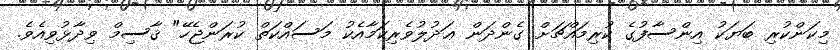
މިކަންކުރި ބަޔަކު އިންސާފުގެ ކުރިމައްޗަށް ގެންދަން ޢަދުލުވެރިކަމާއެކު މަސައްކަތް ކުރަންޖެހޭ" ޤާސިމް ވިދާޅުވިއެވެ.